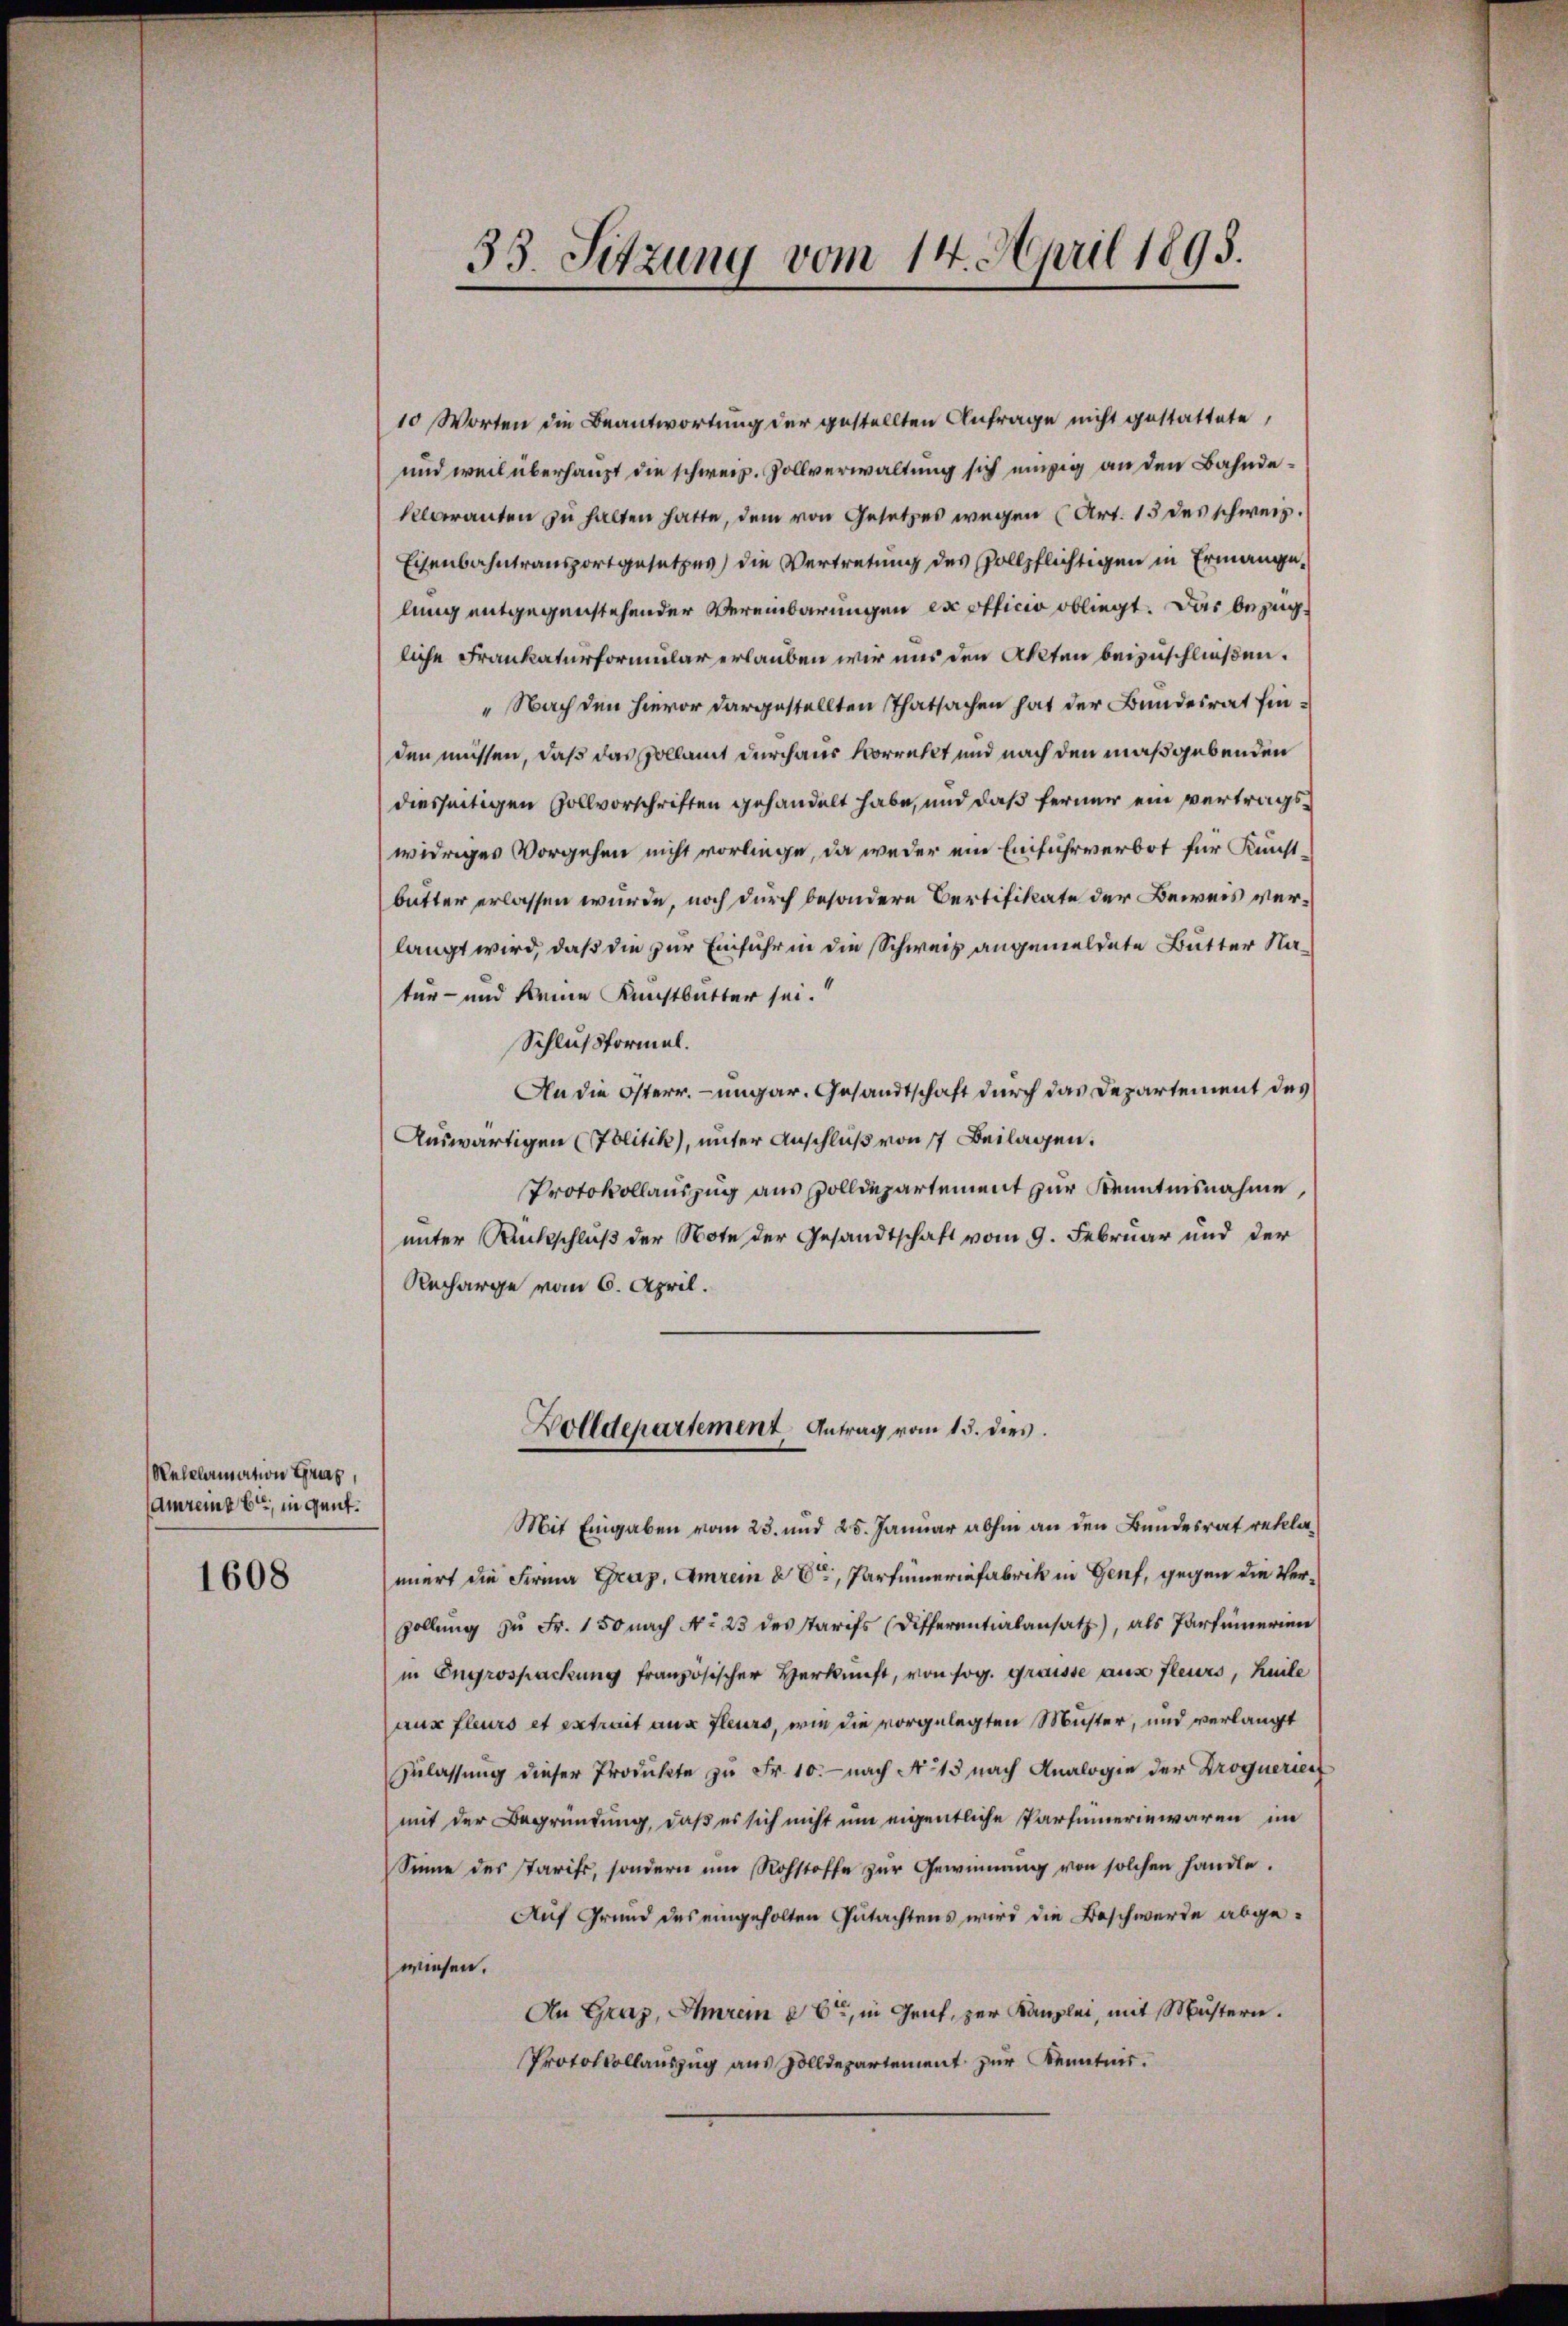
Rekelamation Gras,
Amreine Er, in gent.

1608

10 Worten die Beantwortung der gestellten Anfrage nicht gestattete,
und weil überhaupt die schweiz. Zollverwaltung sich einzig an den Bahndeklorranten zu halten hatte, dem von Gesetzes wegen (Art. 15 des schweiz.
Eisenbahntransportgesetzes) die Vertretung des Vollpflichtigen in Ermangelung entgegenstehender Vereinbarungen ex officio obliegt. Das bezugliche Frankaturformular erlauben wir uns den Akten beizuschließen.
" Nach den hievor dargestellten Thatsachen hat der Bundesrat Einden müssen, daß das Pollamt durchaus korrecht und nach den maßgebenden
diesseitigen Zollvorschriften gehandelt habe, und daß ferner ein vertragswidriges Vorgehen nicht vorliege, da weder ein Einfuhrverbot für Kunstbutter erlassen würde, noch durch besondere Bertifikate der Beweis verlangt wird, daß die zur Einfuhr in die Schweiz angemeldete Butter Natur- und keine Kunstbutter sei.
Schlußformel.
An die Österr. ungar. Gesandtschaft durch das Departement des
Auswärtigen (Politik), unter Anschluß von 17 Beilagen.
Protokollauszug aus Zolldepartement zur Kenntnisnahme,
unter Rückschluß der Note der Gesandtschaft vom 9. Februar und der
Recharge vom 6. April.

33. Sitzung vom 14. April 1895.

Wolldepartement Antrag vom 15. dies

Mit Eingaben vom 23. und 25. Januar abhin an den Bundesrat reklannert die Firma Graz, Amrein Er, Partinerinfabrik in Genf, gegen die Ver¬
Zollung zu Fr. 150 nach No 23 des starifs (Differentialansatz, als Parteinerien
in Engrospackung französischer Herkunft, von sog. graisse aus fleurs, heile
nus fleurs et extrait aus fleurs, wie die vorgelegten Müster, und verlangt
Zulassung dieser Produkte zu Fr. 10. — nach Nr. 15 nach Analogie der Droguerier
mit der Begründung, daß es sich nicht um eigentliche Parfümnerin waren im
Sinne des starifs, sondern um Rohstoffe zur Gewinnung von solchen handle.
Auf Grund des eingeholten Gutachtens wird die Beschwerde abgewiesen.
An Graz, Ihrem 16te, in Genf, zur Kanzlei, mit Mustern.
Protokollauszug aus Zolldepartement zur Kenntnis.